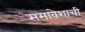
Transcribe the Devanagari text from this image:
समावेशाची